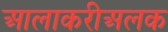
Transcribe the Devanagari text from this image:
आलाकरीअलक